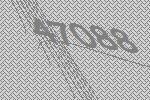
47088